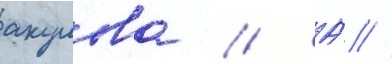
акулова // А́ //